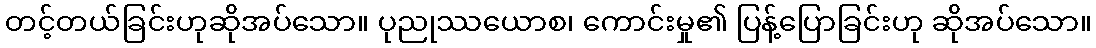
တင့်တယ်ခြင်းဟုဆိုအပ်သော။ ပုညုဿယောစ၊ ကောင်းမှု၏ ပြန့်ပြောခြင်းဟု ဆိုအပ်သော။